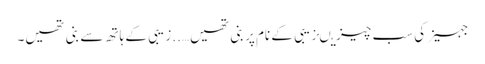
جہیز کی سب چیزیںزیبی کے نام پر بنی تھیں…..زیبی کے ہاتھ سے بنی تھیں۔